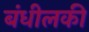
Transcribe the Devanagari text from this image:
बंधीलकी